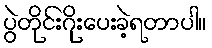
ပွဲတိုင်းဂိုးပေးခဲ့ရတာပါ။